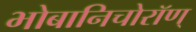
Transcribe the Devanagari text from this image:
भोबानिचोरॉण्